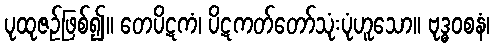
ပုထုဇဉ်ဖြစ်၍။ တေပိဋကံ၊ ပိဋကတ်တော်သုံးပုံဟူသော။ ဗုဒ္ဓဝစနံ၊